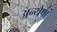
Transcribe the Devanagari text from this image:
अन्येषां